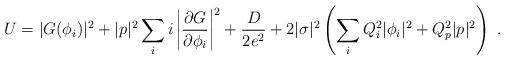
LaTeX: \begin{align*}U=|G(\phi_i)|^2+|p|^2\sum_ii\left|\frac{\partial G}{\partial \phi_i}\right|^2+\frac{D}{2e^2}+2|\sigma|^2\left(\sum_iQ_i^2|\phi_i|^2+Q_p^2|p|^2\right)\ .\end{align*}